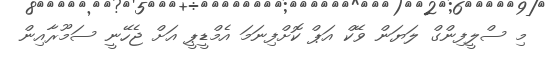
މި ސްލީފިންގް ލަޔަން ވޭކް އަޕް ކޮށްފިނަމަ އެމްޑީޕީ އަށް ޖެހޭނީ ސަމޫރާއިން